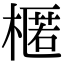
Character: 𣘗